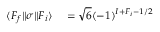
\begin{array} { r l } { \ensuremath { \langle F _ { f } | | } { \sigma } \ensuremath { | | F _ { i } \rangle } } & { { } = \sqrt { 6 } ( - 1 ) ^ { I + F _ { i } - 1 / 2 } } \end{array}